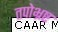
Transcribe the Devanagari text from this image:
तपोभ्रष्ट